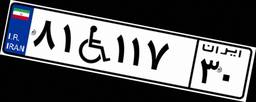
۸۱W۱۱۷۳۰